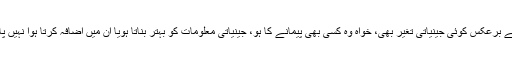
اس کے برعکس کوئی جینیاتی تغیر بھی، خواہ وہ کسی بھی پیمانے کا ہو، جینیاتی معلومات کو بہتر بناتا ہویا ان میں اضافہ کرتا ہوا نہیں پایا گیا۔